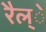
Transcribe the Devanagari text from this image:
रैल्े